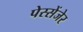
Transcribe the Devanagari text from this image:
पेस्सेंजेर